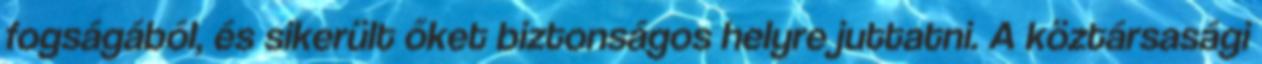
fogságából, és sikerült őket biztonságos helyre juttatni. A köztársasági